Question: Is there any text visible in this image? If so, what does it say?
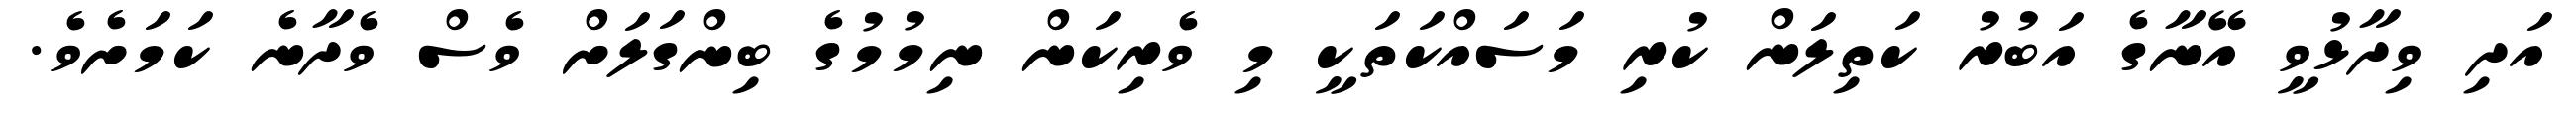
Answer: އަދި ވިދާޅުވީ އޭނާގެ އަބުރު ކަތިލަން ކުރި މަސައްކަތަކީ މި ވެރިކަން ނިމުމުގެ ބިންގަލަށް ވެސް ވެދާނެ ކަމަށެވެ.